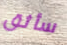
سأثق